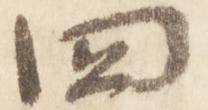
四